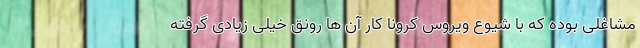
مشاغلی بوده که با شیوع ویروس کرونا کار آن ها رونق خیلی زیادی گرفته